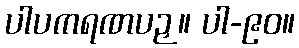
ပါပကရဏပဉှ။ ပါ-၉၀။